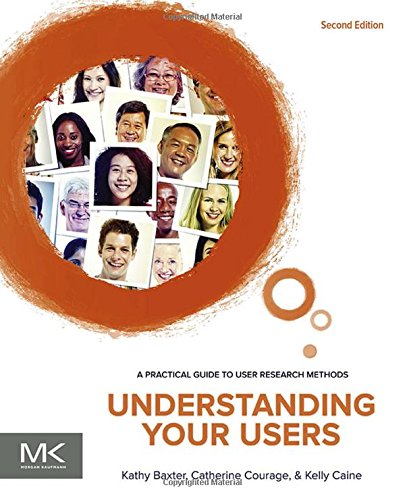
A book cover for Understanding Your Users, Second Edition: A Practical Guide to User Research Methods (Interactive Technologies); Kathy Baxter; Computers & Technology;